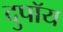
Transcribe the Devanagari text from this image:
दुपॉय